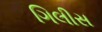
ગિલીસ